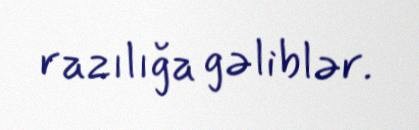
razılığa gəliblər.